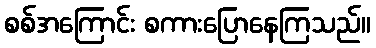
စစ်အကြောင်း စကားပြောနေကြသည်။